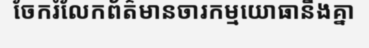
ចែករំលែកព័ត៌មានចារកម្មយោធានឹងគ្នា